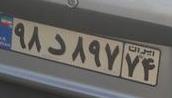
۹۸د۸۹۷۷۴